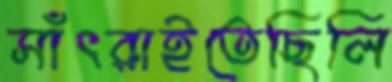
সাঁৎরাইতেছিলি